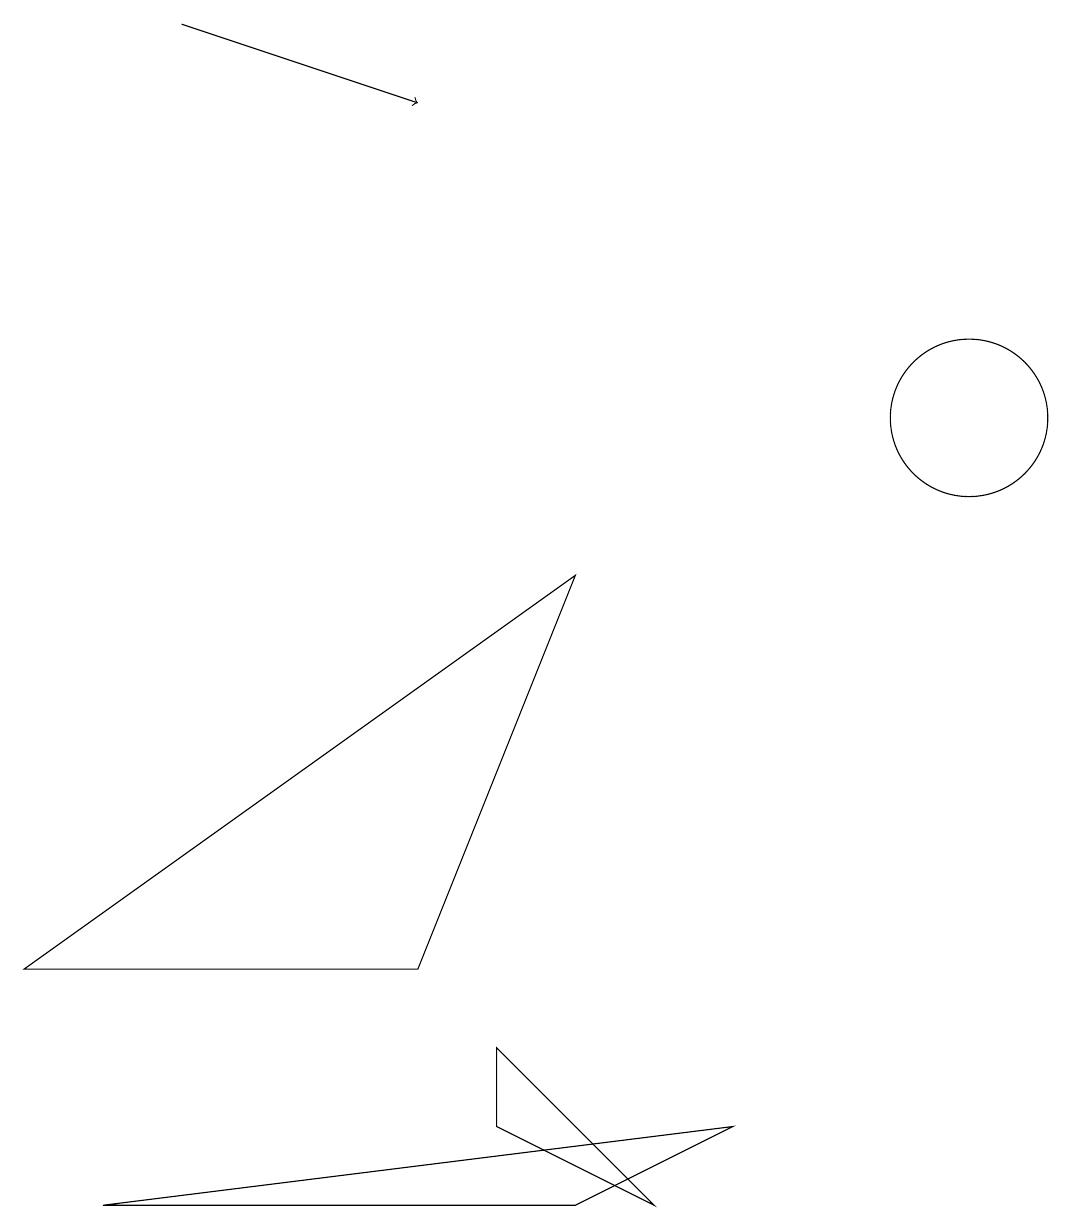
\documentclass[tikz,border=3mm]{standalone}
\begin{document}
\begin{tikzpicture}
\draw (5,3) -- (7,8) -- (0,3) -- cycle;
\draw (6,2) -- (6,1) -- (8,0) -- cycle;
\draw (12,10) circle (1);
\draw (7,0) -- (9,1) -- (1,0) -- cycle;
\draw[->] (2,15) -- (5,14);
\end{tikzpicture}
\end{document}